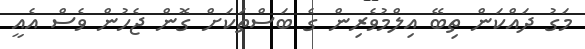
މަގު ދައްކަން ތިބޭ އިލްމުވެރިން ގެ ބަސްތަކަށް ގޮން ޖެހުން ވެސް އެއީ